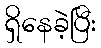
ရှိနေခဲ့ပြီး